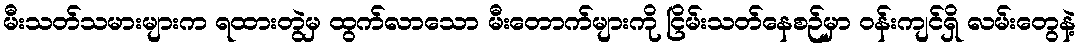
မီးသတ်သမားများက ရထားတွဲမှ ထွက်လာသော မီးတောက်များကို ငြိမ်းသတ်နေစဉ်မှာ ဝန်းကျင်ရှိ လမ်းတွေနဲ့